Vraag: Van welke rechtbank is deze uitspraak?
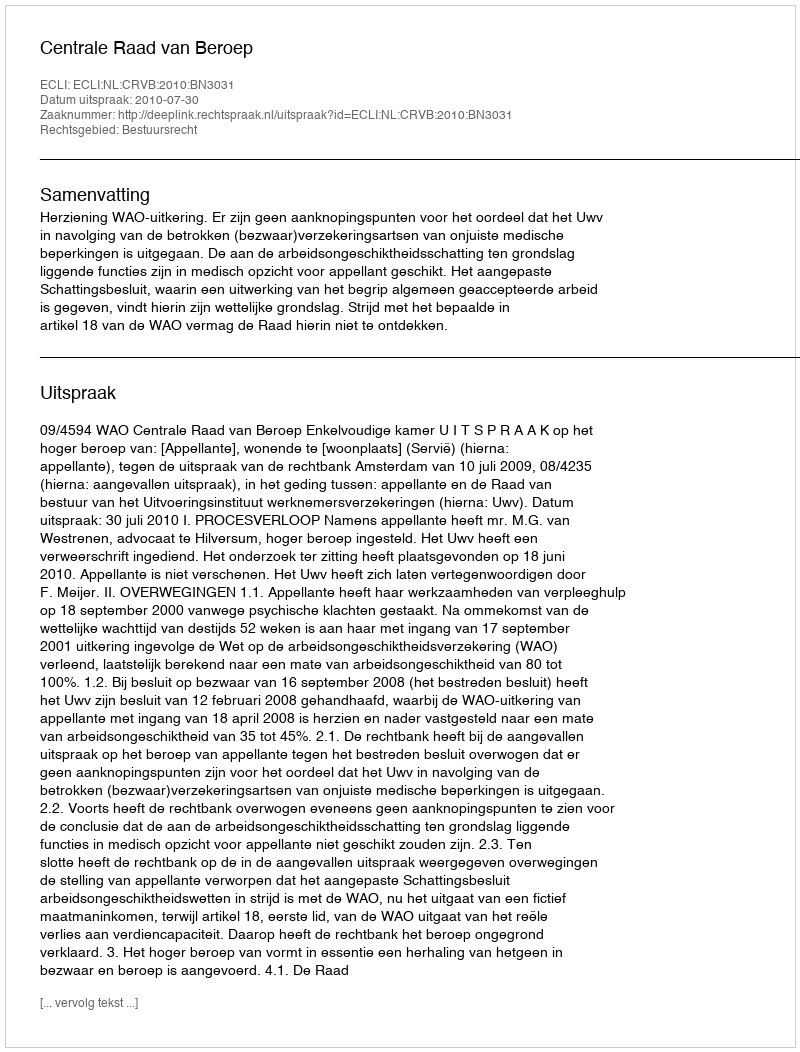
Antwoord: Centrale Raad van Beroep